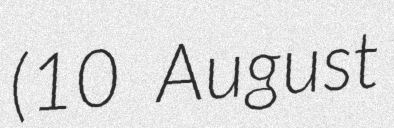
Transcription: (10 August